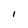
Character: I